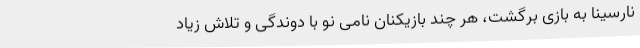
نارسینا به بازی برگشت، هر چند بازیکنان نامی نو با دوندگی و تلاش زیاد